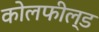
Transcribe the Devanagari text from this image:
काेलफील्ड